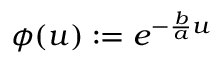
\phi ( u ) : = e ^ { - \frac { b } { a } u }